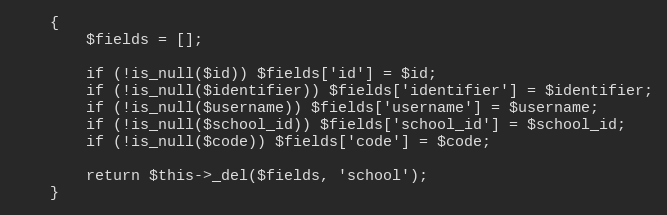
Language: PHP
    {
        $fields = [];

        if (!is_null($id)) $fields['id'] = $id;
        if (!is_null($identifier)) $fields['identifier'] = $identifier;
        if (!is_null($username)) $fields['username'] = $username;
        if (!is_null($school_id)) $fields['school_id'] = $school_id;
        if (!is_null($code)) $fields['code'] = $code;

        return $this->_del($fields, 'school');
    }